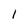
Character: l